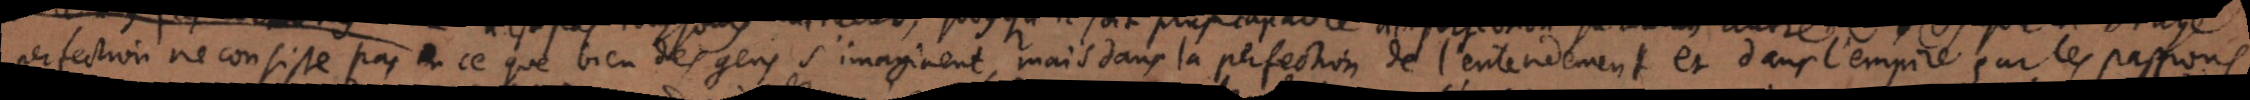
perfection ne consiste pas en ce que bien des gens s’imaginent, mais dans la perfection de l’entendement et dans l’empire sur les passions;